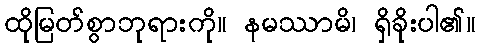
ထိုမြတ်စွာဘုရားကို။ နမဿာမိ၊ ရှိခိုးပါ၏။